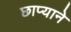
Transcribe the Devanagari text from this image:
छाप्याने